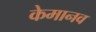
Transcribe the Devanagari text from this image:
केमानव